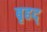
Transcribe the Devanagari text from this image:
बृहद्‌